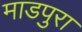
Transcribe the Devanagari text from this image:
माडपुरा